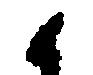
候